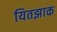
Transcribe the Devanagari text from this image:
यितझाक